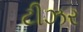
ટીઝર